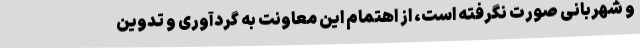
و شهربانی صورت نگرفته است، از اهتمام این معاونت به گردآوری و تدوین